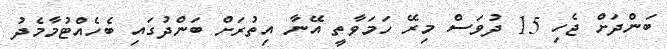
ބަންދަށް ޖެހި 15 ދުވަސް މިރޭ ހަމަވާތީ އޭނާ އިތުރަށް ބަންދުގައި ބެހެއްޓުމާމެދު